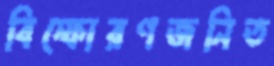
বিস্ফোরণজনিত